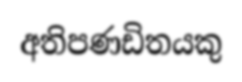
අතිපණඩිතයකු